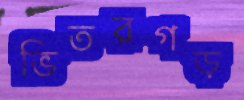
ভিতরগড়